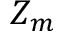
Z _ { m }